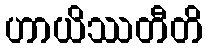
ဟာယိဿတီတိ